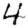
Digit: 4